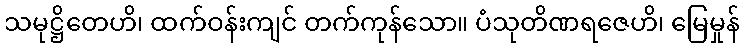
သမုဋ္ဌိတေဟိ၊ ထက်ဝန်းကျင် တက်ကုန်သော။ ပံသုတိဏရဇေဟိ၊ မြေမှုန်